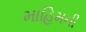
માહિમની